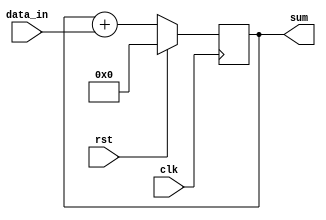
module cascaded_accumulator(
    input wire rst, //reset signal
    input wire clk, //clock signal
    input wire [7:0] data_in, //input data
    output wire [15:0] sum //output sum
);

reg [15:0] acc; //accumulator register

always @(posedge clk) begin
    if (rst) begin
        acc <= 16'b0; //reset accumulator
    end else begin
        acc <= acc + data_in; //accumulate input data
    end
end

assign sum = acc; //output sum

endmodule